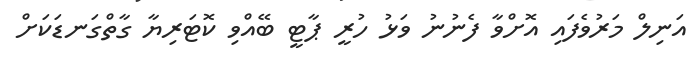
އަނިލް މަރުވެފައި އޮށްވާ ފެނުނު ވަޅު ހުރީ ޕާޓީ ބޭއްވި ކޮޓަރިޔާ ގާތްގަނޑަކަށް